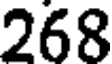
268